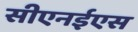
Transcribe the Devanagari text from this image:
सीएनईएस